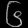
Digit: ၆